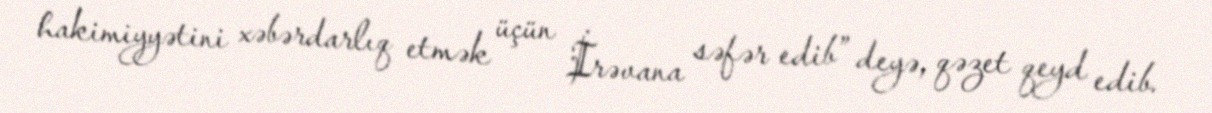
hakimiyyətini xəbərdarlıq etmək üçün İrəvana səfər edib” deyə, qəzet qeyd edib.